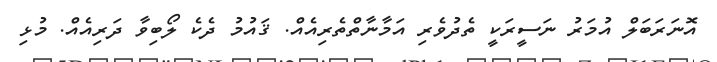
އޮނަރަބަލް އުމަރު ނަސީރަކީ ތެދުވެރި އަމާނާތްތެރިއެއް. ޤައުމު ދެކެ ލޯބިވާ ދަރިއެއް. މުޅި